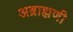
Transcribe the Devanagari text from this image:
अब्राह्मणी